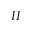
I I